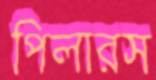
পিলারস